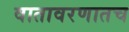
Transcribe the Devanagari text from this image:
वातावरणातच